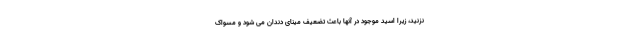
نزنید، زیرا اسید موجود در آنها باعث تضعیف مینای دندان می شود و مسواک